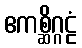
ဧကစ္ဆိဂ္ဂဠံ